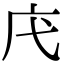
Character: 𢇙